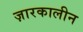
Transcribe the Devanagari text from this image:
ज़ारकालीन